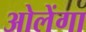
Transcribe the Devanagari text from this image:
ओलेंगा